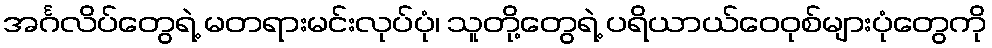
အင်္ဂလိပ်တွေရဲ့ မတရားမင်းလုပ်ပုံ၊ သူတို့တွေရဲ့ ပရိယာယ်ဝေဝုစ်များပုံတွေကို